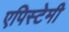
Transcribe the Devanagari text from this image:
एपिस्टेमी